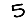
Digit: 5